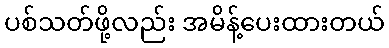
ပစ်သတ်ဖို့လည်း အမိန့်ပေးထားတယ်